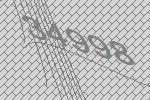
34998